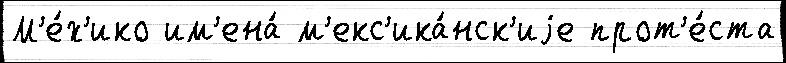
М'е́х'ико им'ена́ м'екс'ика́нск'иjе прот'е́ста